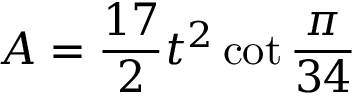
A = { \frac { 1 7 } { 2 } } t ^ { 2 } \cot { \frac { \pi } { 3 4 } }